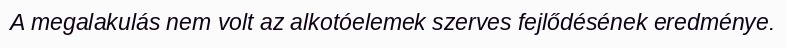
A megalakulás nem volt az alkotóelemek szerves fejlődésének eredménye.